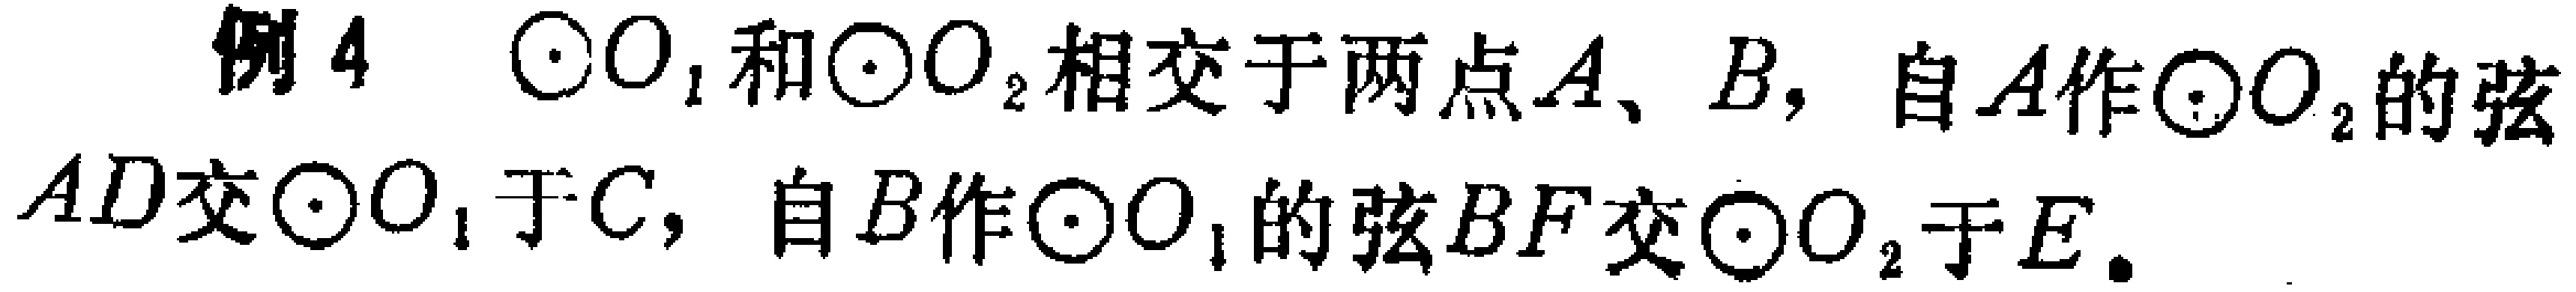
例4. $\odot O_{1}$和$\odot O_{2}$相交于两点$A、B$，自$A$作$\odot O_{2}$的弦$AD$交$\odot O_{1}$于$C$，自$B$作$\odot O_{1}$的弦$BF$交$\odot O_{2}$于$E$.